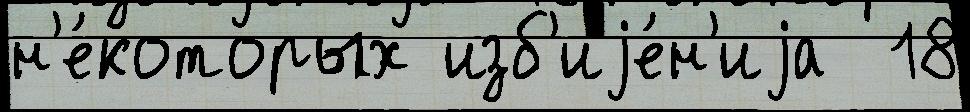
н'е́которых изб'иjе́н'иjа  18